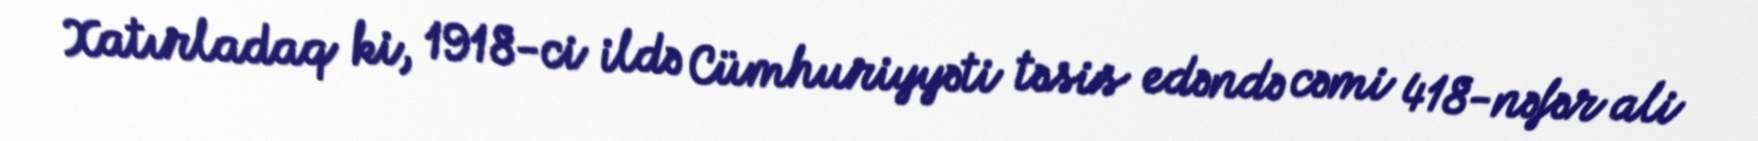
Xatırladaq ki, 1918-ci ildə Cümhuriyyəti təsis edəndə cəmi 418-nəfər ali